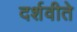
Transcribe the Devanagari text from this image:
दर्शवीते